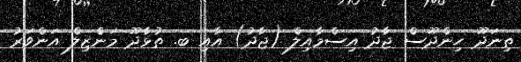
ތިނަދޫ ހިންދޫސް ޖާދު އިސްމާއިލް (ޖާދު) އާއި ބ. ތުޅާދޫ މަންޒިލް އަންވަރު